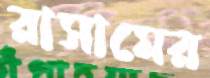
রাসামের